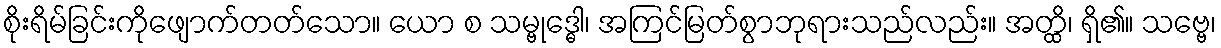
စိုးရိမ်ခြင်းကိုဖျောက်တတ်သော။ ယော စ သမ္ဗုဒ္ဓေါ၊ အကြင်မြတ်စွာဘုရားသည်လည်း။ အတ္ထိ၊ ရှိ၏။ သဗ္ဗေ၊